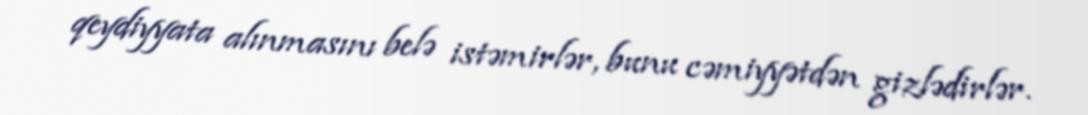
qeydiyyata alınmasını belə istəmirlər, bunu cəmiyyətdən gizlədirlər.